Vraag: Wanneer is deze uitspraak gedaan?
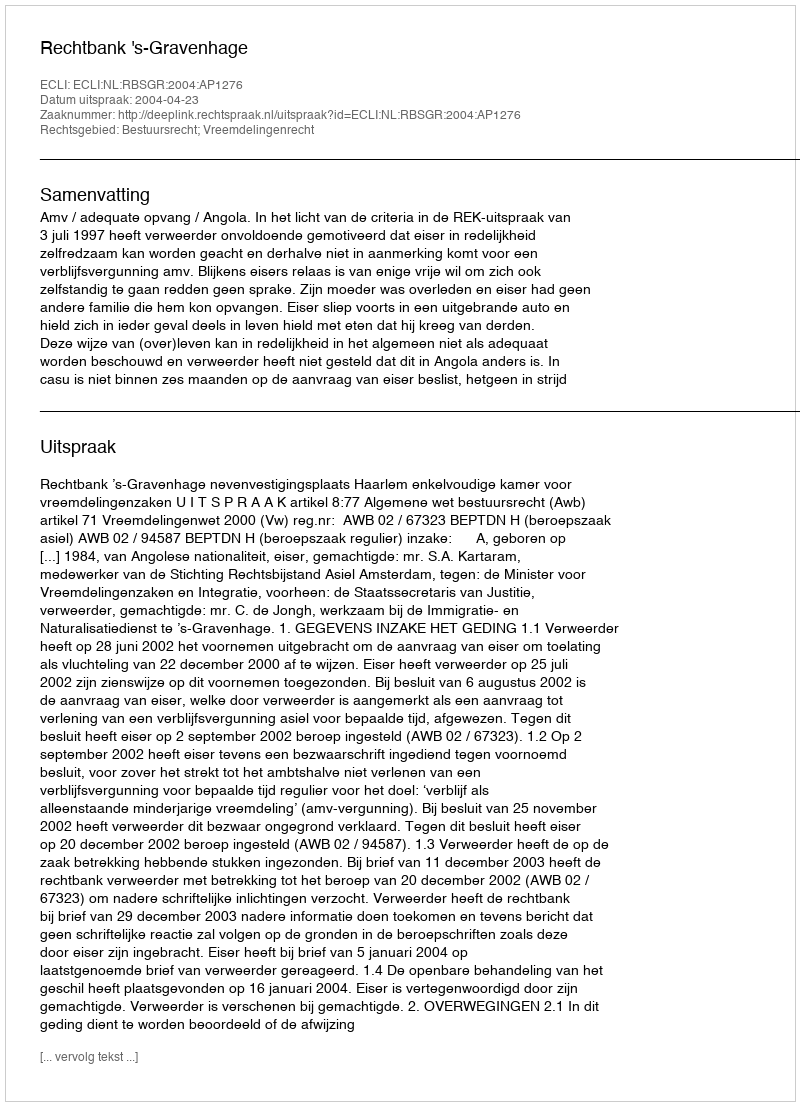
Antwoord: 2004-04-23